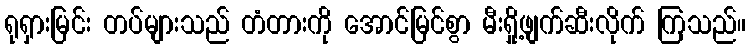
ရုရှားမြင်း တပ်များသည် တံတားကို အောင်မြင်စွာ မီးရှို့ဖျက်ဆီးလိုက် ကြသည်။